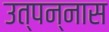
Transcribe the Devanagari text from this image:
उत्पन्नास